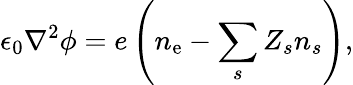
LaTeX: \epsilon_{0}\nabla^{2}\phi=e\left(n_{\mathrm{e}}-\sum_{s}{Z_{s}n_{s}}\right),